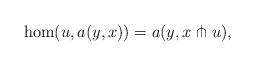
LaTeX: \begin{align*} \hom(u,a(y,x))=a(y,x\pitchfork u),\end{align*}